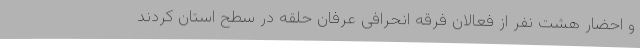
و احضار هشت نفر از فعالان فرقه انحرافی عرفان حلقه در سطح استان کردند